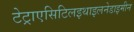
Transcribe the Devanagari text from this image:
टेट्राएसिटिलइथाइलनेडाइमीन